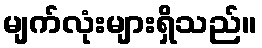
မျက်လုံးများရှိသည်။